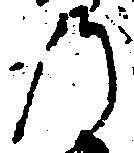
の